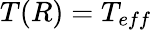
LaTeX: T(R)=T_{eff}